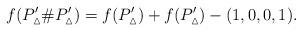
LaTeX: \begin{align*}f(P'_\vartriangle \# P'_\vartriangle) = f(P'_\vartriangle) + f(P'_\vartriangle) - (1,0,0,1).\end{align*}